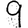
Digit: 9